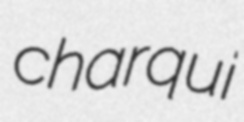
charqui